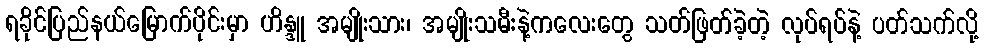
ရခိုင်ပြည်နယ်မြောက်ပိုင်းမှာ ဟိန္ဒူ အမျိုးသား၊ အမျိုးသမီးနဲ့ကလေးတွေ သတ်ဖြတ်ခဲ့တဲ့ လုပ်ရပ်နဲ့ ပတ်သက်လို့